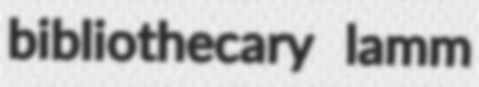
bibliothecary lamm